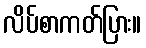
လိပ်စာကတ်ပြား။